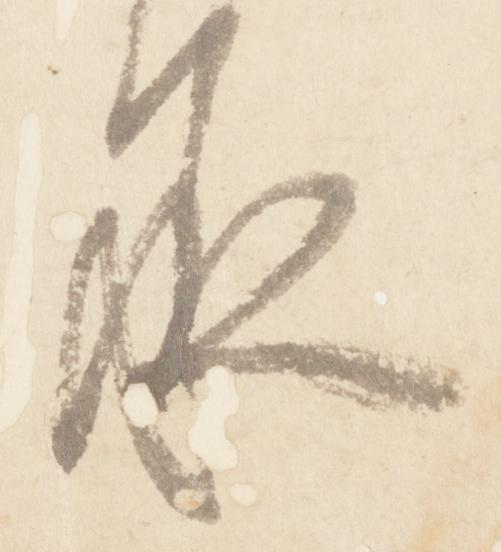
承